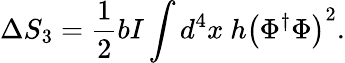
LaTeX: \Delta S_{3}=\frac{1}{2}bI\int d^{4}x~h\left(\Phi^{\dagger}\Phi\right)^{2}.